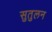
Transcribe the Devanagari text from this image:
सुतुलन